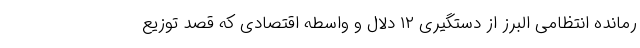
رمانده انتظامی البرز از دستگیری ۱۲ دلال و واسطه اقتصادی که قصد توزیع